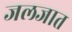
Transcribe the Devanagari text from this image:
जलजात